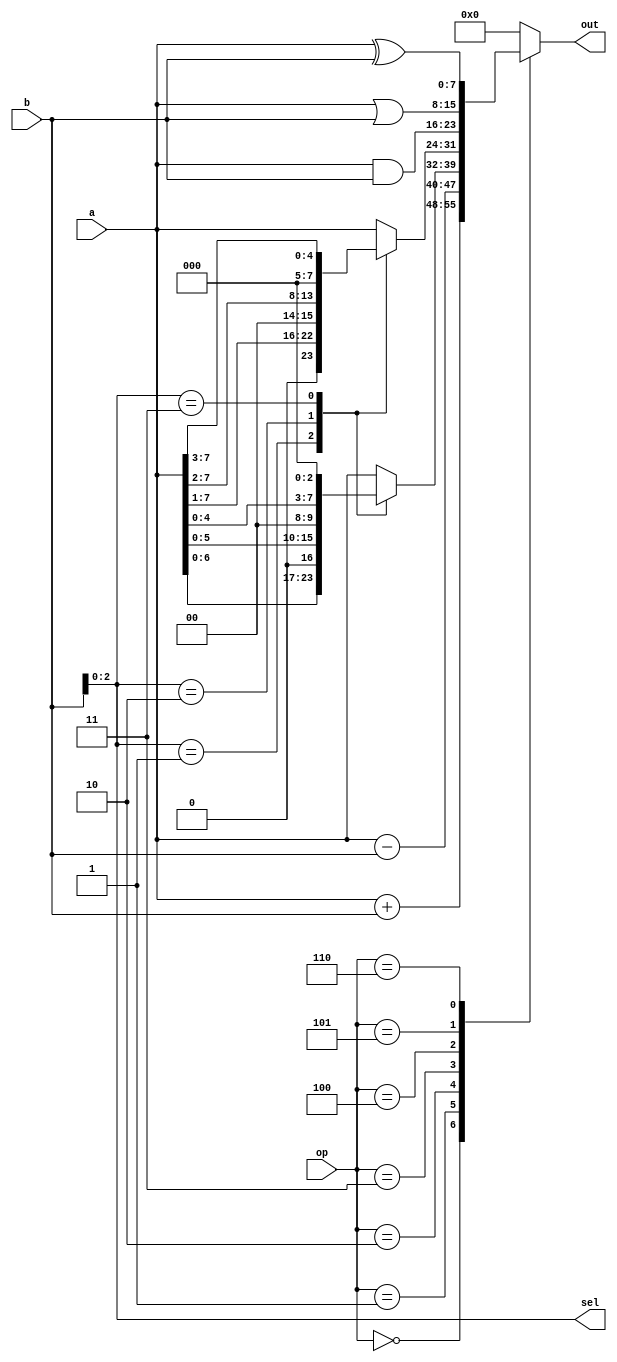
// Day 4 

// design 8-bit ALU 

module Day4_8b_ALU( out,a,b,op,sel);

    input [7:0] a , b;
	input [2:0] op;
	output reg [7:0] out ;
	output [2:0] sel;
 
 // local parameter
 //wire [2:0] sel; 
 
 //---
  assign sel=b[2:0];
  
	always@ (a,b,op) 
	begin
		 case (op)
				3'b000: out = a+b;   
				3'b001: out = a-b;
				// shift left
				3'b010 : begin
						case (sel)
						3'b000: out = a;   
						3'b001: out = {a[6:0],1'b0};
						3'b010: out = {a[5:0],2'b00};	
						3'b011: out = {a[4:0],3'b000};
						default out = a; 
						endcase
				end
				// sheft right
				3'b011 : begin
						case (sel)
						3'b000: out = a;   
						3'b001: out = {1'b0,a[7:1]};
						3'b010: out = {2'b00,a[7:2]};	
						3'b011: out = {3'b000,a[7:3]};
						default out = a; 
						endcase
				end
				//----
				3'b100: out = a&b;
				3'b101: out = a|b;
				3'b110: out = a^b;
				3'b100: if (a==b)
							out=3'b111;
							else
							out=3'b000;
					default out=3'b000;
				endcase
			end
endmodule